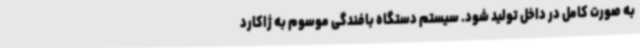
به صورت کامل در داخل تولید شود. سیستم دستگاه بافندگی موسوم به ژاکارد